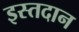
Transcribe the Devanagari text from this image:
इस्तदान